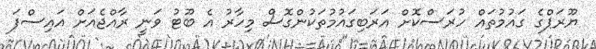
ޔޫރަޕްގެ ގައުމުތައް ހުރަސްކޮށް އަރަބިގައުމުތަކުންގޮސް މިހާރު އެ ބޫޓު ވަނީ ރާއްޖެއަށް އައިސްފަ